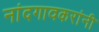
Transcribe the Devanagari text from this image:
नांदगावकरांनी